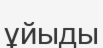
ұйыды